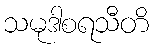
သမုဒါစရသီတိ